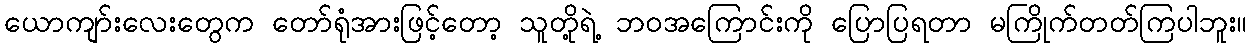
ယောကျာ်းလေးတွေက တော်ရုံအားဖြင့်တော့ သူတို့ရဲ့ ဘဝအကြောင်းကို ပြောပြရတာ မကြိုက်တတ်ကြပါဘူး။